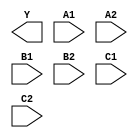
module sky130_fd_sc_hd__a222oi (
    Y ,
    A1,
    A2,
    B1,
    B2,
    C1,
    C2
);

    output Y ;
    input  A1;
    input  A2;
    input  B1;
    input  B2;
    input  C1;
    input  C2;

    // Voltage supply signals
    supply1 VPWR;
    supply0 VGND;
    supply1 VPB ;
    supply0 VNB ;

endmodule